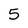
Character: 5